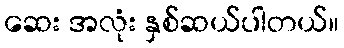
ဆေး အလုံး နှစ်ဆယ်ပါတယ်။